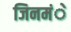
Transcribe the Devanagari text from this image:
जिनमंे